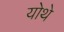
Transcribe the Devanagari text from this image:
योथे